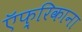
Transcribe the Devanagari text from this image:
ऍफ़्रिकाना